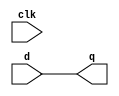
module Synchronizer(clk, d,q);
input clk;
input [7:0] d;
output reg [7:0] q;
reg [7:0] d2;
always@(clk)
begin
    d2<=d;
	 q<=d2;

end
endmodule